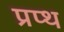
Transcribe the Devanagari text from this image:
प्रप्थ